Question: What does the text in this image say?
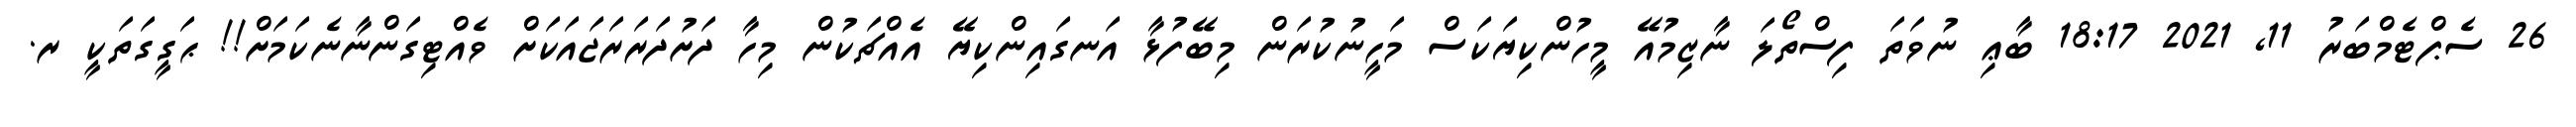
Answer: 26 ސެޕްޓެމްބަރު 11, 2021 18:17 ބާޢި ނުވަތަ ފިސްތޯލަ ނާޒިމުއޭ މީހުންކިޔަކަސް މަހީނުކުރަން މިބޭފުޅާ އަނގައިންކިޔޭ އެއްޗަކުން މިހާ ދަށުދަރަރަޖައަކަށް ވެއްޓިގަންނާނެކަމަށް!! ޙަގީގަތަކީ ރ.